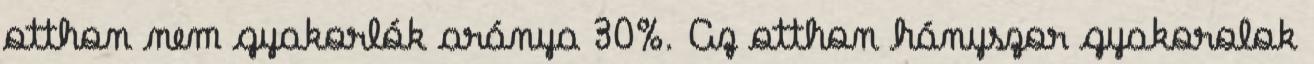
otthon nem gyakorlók aránya 30%. Az otthon hányszor gyakorolok